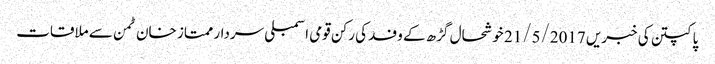
پاکپتن کی خبریں 21/5/2017	 خوشحال گڑھ کے وفد کی رکن قومی اسمبلی سردار ممتاز خان ٹمن سے ملاقات